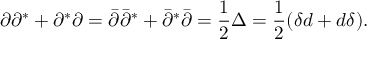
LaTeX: \partial \partial ^ { * } + \partial ^ { * } \partial = \bar { \partial } \bar { \partial } ^ { * } + \bar { \partial } ^ { * } \bar { \partial } = \frac 1 2 \Delta = \frac 1 2 ( \delta d + d \delta ) . \nonumber